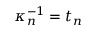
\kappa _ { n } ^ { - 1 } = t _ { n }